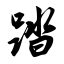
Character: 踏